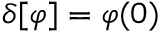
\delta [ \varphi ] = \varphi ( 0 )